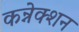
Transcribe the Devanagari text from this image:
कन्नेक्शन